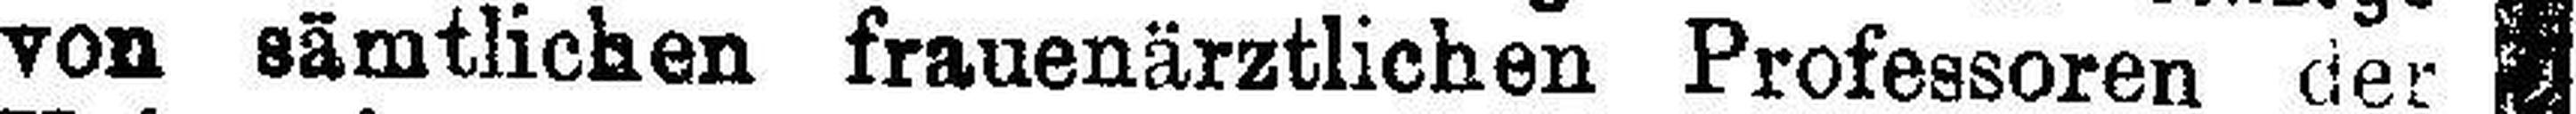
von sämtlichen frauenärztlichen Professoren der